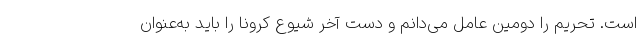
است. تحریم را دومین عامل می‌دانم و دست آخر شیوع کرونا را باید به‌عنوان